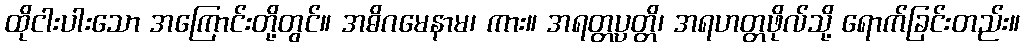
ထိုငါးပါးသော အကြောင်းတို့တွင်။ အဓိဂမေနာမ၊ ကား။ အရတ္တပ္ပတ္တိ၊ အရဟတ္တဖိုလ်သို့ ရောက်ခြင်းတည်း။